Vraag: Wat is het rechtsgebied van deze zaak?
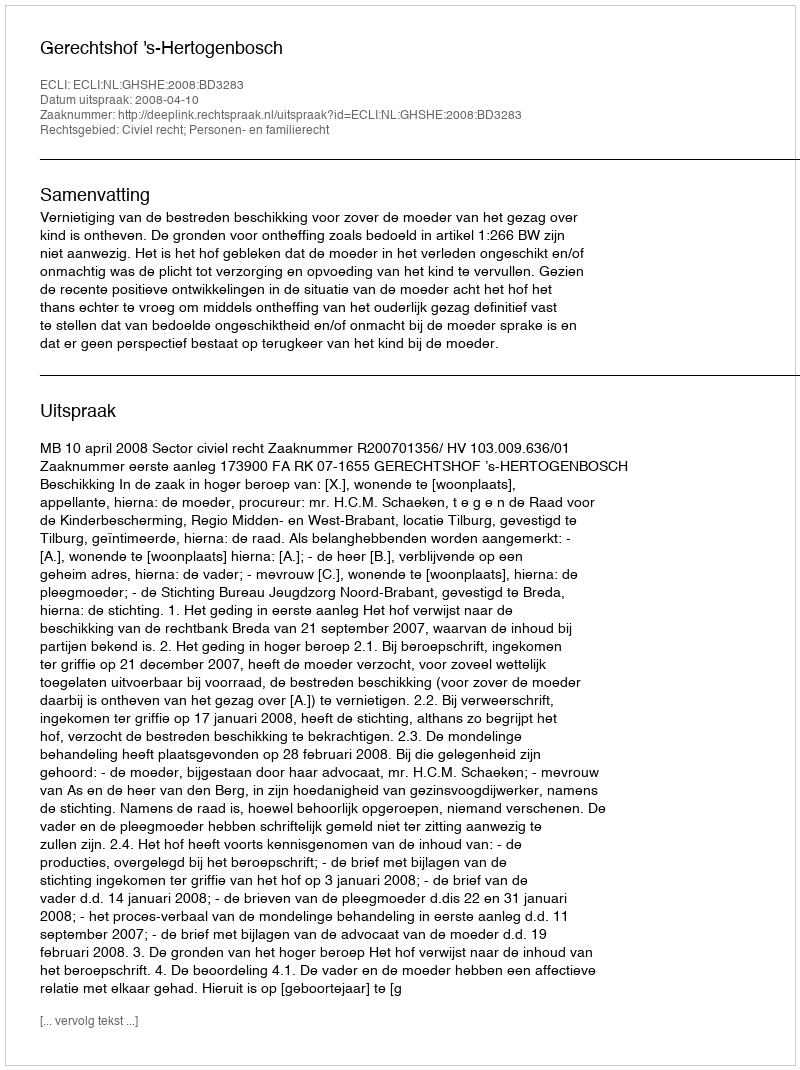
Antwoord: Civiel recht; Personen- en familierecht